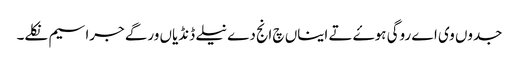
جدوں وی اے روگی ہوۓ تے ایناں چ انج دے نیلے ڈنڈیاں ورگے جراسیم نکلے۔